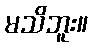
မသိဘူး။